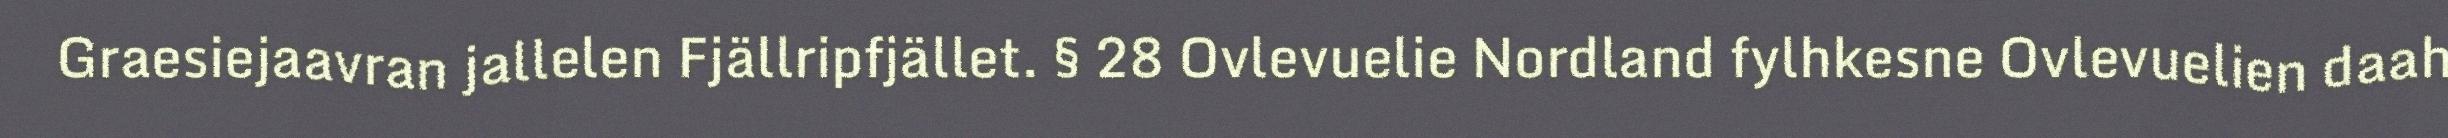
Graesiejaavran jallelen Fjällripfjället. § 28 Ovlevuelie Nordland fylhkesne Ovlevuelien daah